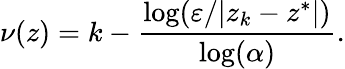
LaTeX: \nu(z)=k-{\frac{\log(\varepsilon/|z_{k}-z^{*}|)}{\log(\alpha)}}.